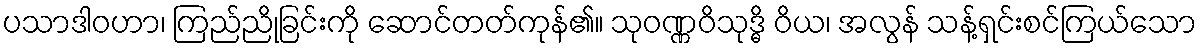
ပသာဒါဝဟာ၊ ကြည်ညိုခြင်းကို ဆောင်တတ်ကုန်၏။ သုဝဏ္ဏဝိသုဒ္ဓိ ဝိယ၊ အလွန် သန့်ရှင်းစင်ကြယ်သော